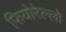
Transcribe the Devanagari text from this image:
फियोरेल्‍लो